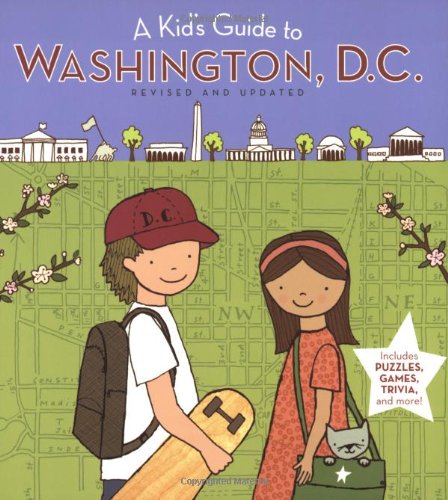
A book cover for A Kid's Guide to Washington, D.C.: Revised and Updated Edition; Inc Harcourt; Children's Books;